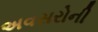
અવસરોની